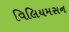
વિલિયમસન